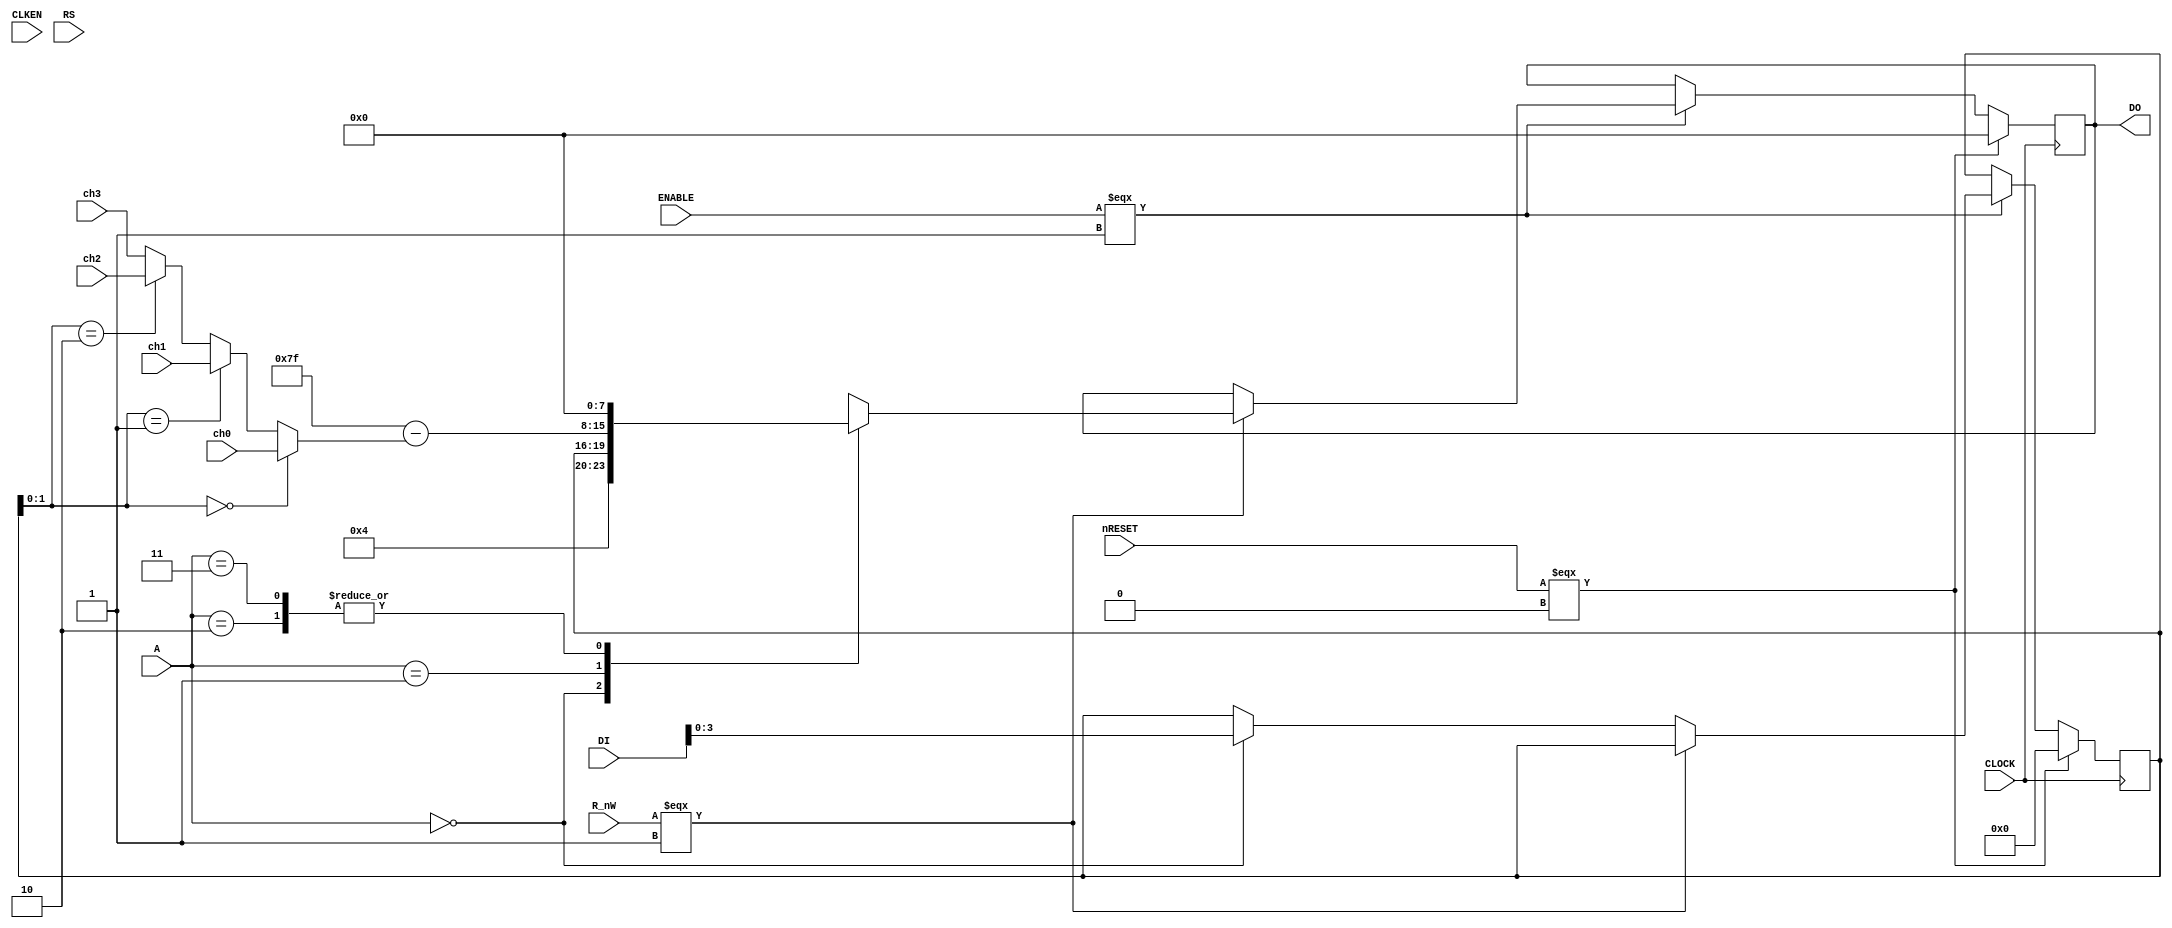
`timescale 1ns / 1ps

module adc (
           input CLOCK,
           input CLKEN,
           input nRESET,
           input ENABLE,
           input R_nW,
           input [1:0] A,
           input RS,
           input [7:0] DI,
           output reg [7:0] DO,

           input [7:0] ch0,
           input [7:0] ch1,
           input [7:0] ch2,
           input [7:0] ch3
);

reg [3:0] status;
wire [1:0] CH = status[1:0];

wire [7:0] cur_val = 8'h7f -
   ((CH == 0)?ch0:
    (CH == 1)?ch1:
    (CH == 2)?ch2:
     ch3);

always @(posedge CLOCK) begin

    if (nRESET === 1'b 0) begin

        //  Reset registers to defaults
        DO <= 'd0;
        status <= 4'h0;
    end
    else begin
        if (ENABLE === 1'b 1) begin
            if (R_nW === 1'b 1) begin

                //  Read
                case (A)
                    // status
                    2'b 00: DO <= { 4'h4, status };   // not busy, conversion ended

                    // hi
                    2'b 01: DO <= cur_val;

                    // lo
                    2'b 10: DO <= 8'h00;
                    3'b 11: DO <= 8'h00;
                endcase
              end
            else begin
                case (A)
                    2'b 00:
                       status <= DI[3:0];
                endcase
            end
        end
    end
end

endmodule